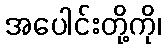
အပေါင်းတို့ကို၊